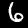
Label: 6